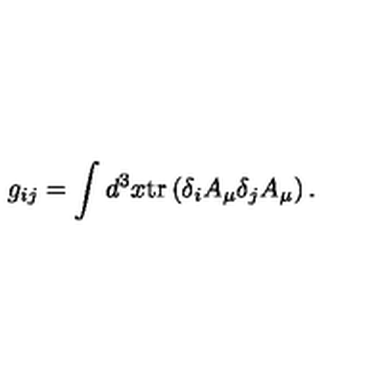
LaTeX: g _ { i j } = \int d ^ { 3 } x \mathrm { t r } \left( \delta _ { i } A _ { \mu } \delta _ { j } A _ { \mu } \right) .